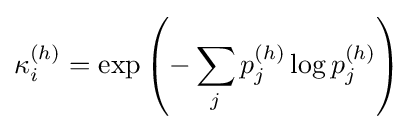
\kappa _{i}^{(h)}=\exp \left(-\sum _{j}p_{j}^{(h)}\log p_{j}^{(h)}\right)